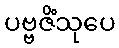
ပဗ္ဗဇိံသုပေ